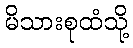
မိသားစုထံသို့